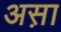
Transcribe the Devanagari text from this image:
अस़ा